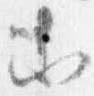
等